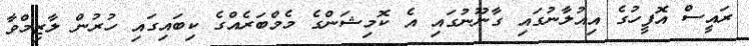
ރައީސް އޮފީހުގެ އިއުލާނުގައި ގާނޫނުގައި އެ ކޮމިޝަންގެ މެމްބަރެއްގެ ކިބައިގައި ހުރުން ލާޒިމްވާ